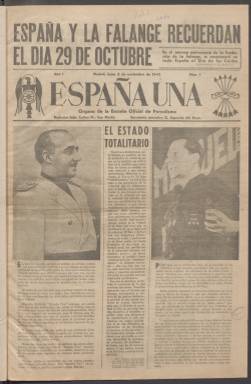
Título: España una
Colección: Periódicos
Ámbito geográfico: Madrid
Lugar de publicación: Madrid
Fechas: 02/11/1942-18/05/1943